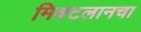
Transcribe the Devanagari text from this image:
मिक्टलानचा